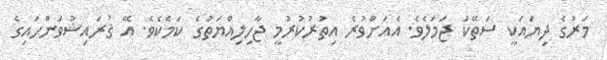
މަރުގެ ދިޔައަކީ ސަތޭކަ ޖަމަލެވެ. އެއަށްވުރެ އިތުރުކުރުމީ ޖާހިލިއްޔަތުގެ ކަމެކެވެ. އޭ ޤުރައިޝުވަންހައިގެ